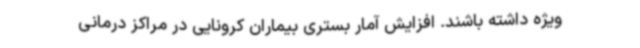
ویژه داشته باشند. افزایش آمار بستری بیماران کرونایی در مراکز درمانی